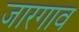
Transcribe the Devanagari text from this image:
जारगाव